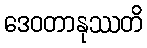
ဒေဝတာနုဿတိ